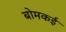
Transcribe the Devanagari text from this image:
बोमकई